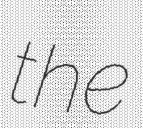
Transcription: the